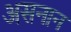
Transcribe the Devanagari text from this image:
असनान